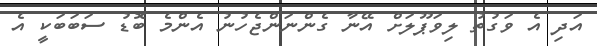
އަދި އެ ވަގުތު ލިވަޕޫލަށް އޭނާ ގެންނަންޖެހުނު އެންމެ ބޮޑު ސަބަބަކީ އެ